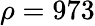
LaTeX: \rho=973